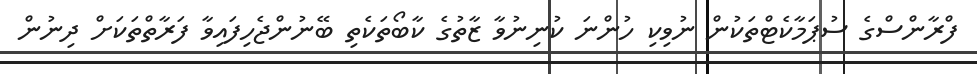
ފްރާންސްގެ ސުޕަމާކެޓްތަކުން ނުވިކި ހުންނަ ކުނިނުވާ ޒާތުގެ ކާބޯތަކެތި ބޭނުންޖެހިފައިވާ ފަރާތްތަކަށް ދިނުން